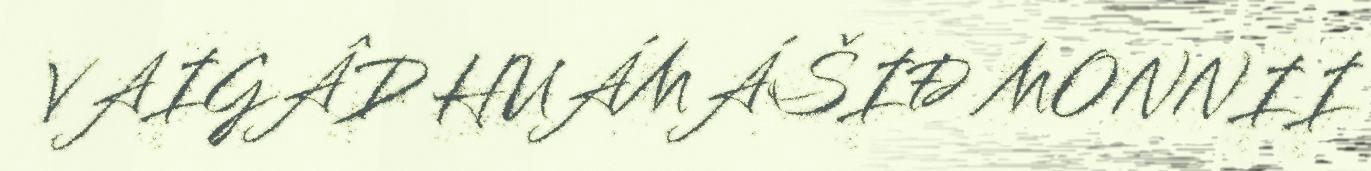
VAIGÂD HUÁMÁŠIĐ MONNII